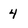
Character: 4